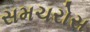
સમચરોસ